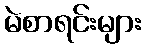
မဲစာရင်းများ